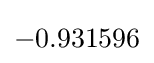
-0.931596